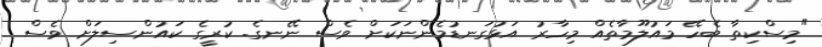
"މިސްކިތާ ބެހޭ މައުލޫމާތެއް މިހާރު އަޅުގަނޑުމެންނަކަށް ވެސް ނޭނގެ. ކުރީގެ ކައުންސިލަށް ވެސް